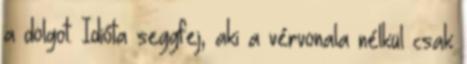
a dolgot. Idióta seggfej, aki a vérvonala nélkül csak